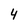
Character: 4